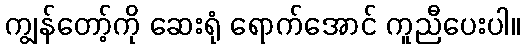
ကျွန်တော့်ကို ဆေးရုံ ရောက်အောင် ကူညီပေးပါ။